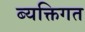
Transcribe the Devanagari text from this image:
ब्यक्तिगत